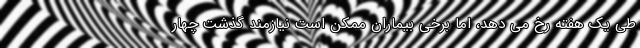
طی یک هفته رخ می دهد، اما برخی بیماران ممکن است نیازمند گذشت چهار